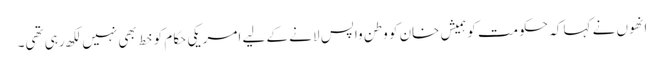
انھوں نے کہا کہ حکومت کو ہمیش خان کو وطن واپس لانے کے لیے امریکی حکام کو خط بھی نہیں لکھ رہی تھی۔